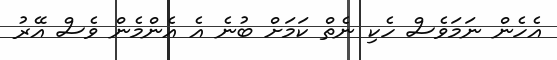
އެހެން ނަމަވެސް ހެކި ނެތް ކަމަށް ބުނެ އެ އެންމެން ވެސް އޭރު